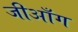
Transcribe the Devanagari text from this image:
जीआँग